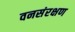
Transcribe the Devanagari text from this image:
वनसंरक्षण